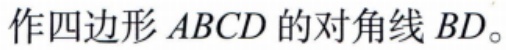
作四边形 \(ABCD\) 的对角线 \(BD\)。